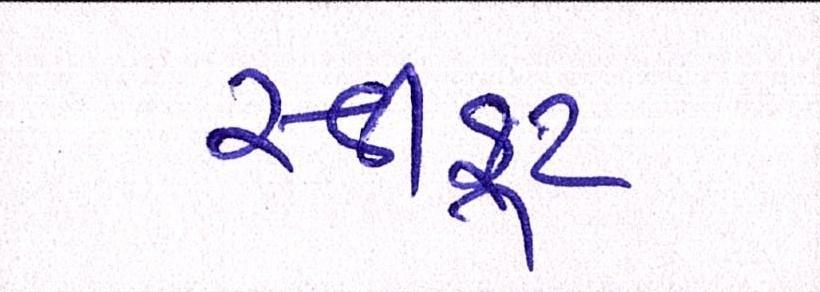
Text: સ્વીફટ